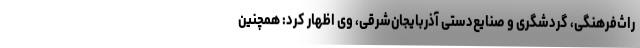
راث‌فرهنگی، گردشگری و صنایع‌دستی آذربایجان‌شرقی، وی اظهار کرد: همچنین